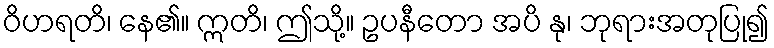
ဝိဟရတိ၊ နေ၏။ ဣတိ၊ ဤသို့။ ဥပနီတော အပိ နု၊ ဘုရားအတုပြု၍